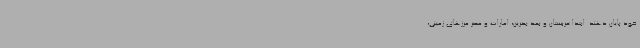
خود پایان دهند. ابتدا عربستان و بعد بحرین، امارات و مصر مرزهای زمینی،